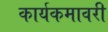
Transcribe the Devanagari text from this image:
कार्यकमावरी